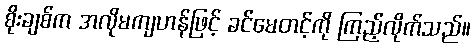
စိုးချစ်က အလိုမကျဟန်ဖြင့် ခင်မေတင့်ကို ကြည့်လိုက်သည်။